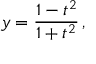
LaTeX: y = { \frac { 1 - t ^ { 2 } } { 1 + t ^ { 2 } } } \, ,